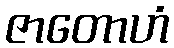
ဇာတောဟံ